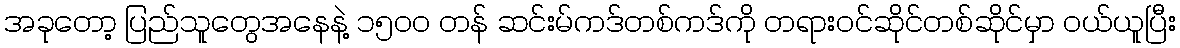
အခုတော့ ပြည်သူတွေအနေနဲ့ ၁၅၀၀ တန် ဆင်းမ်ကဒ်တစ်ကဒ်ကို တရားဝင်ဆိုင်တစ်ဆိုင်မှာ ဝယ်ယူပြီး